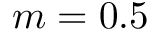
m = 0 . 5